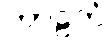
ကာဠကံ